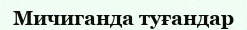
Мичиганда туғандар